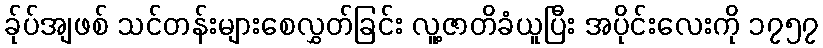
ခ်ုပ်အျဖစ် သင်တန်းများစေလွှတ်ခြင်း လူ့ဇာတိခံယူပြီး အပိုင်းလေးကို ၁၇၅၇